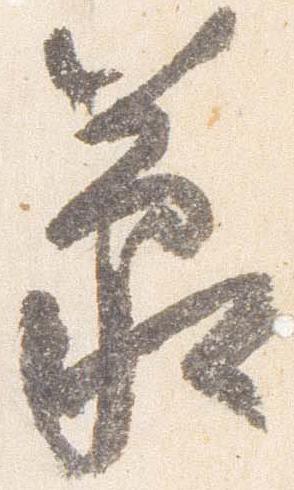
蒙